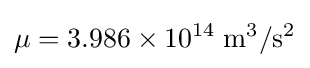
\mu =3.986\times 10^{14}\;\mathrm {m^{3}/s^{2}}